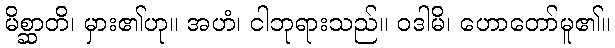
မိစ္ဆာတိ၊ မှား၏ဟု။ အဟံ၊ ငါဘုရားသည်။ ဝဒါမိ၊ ဟောတော်မူ၏။